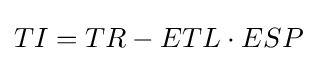
TI=TR-ETL\cdot ESP